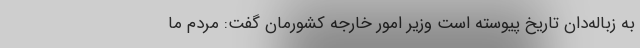
به زباله‌دان تاریخ پیوسته است وزیر امور خارجه کشورمان گفت: مردم ما